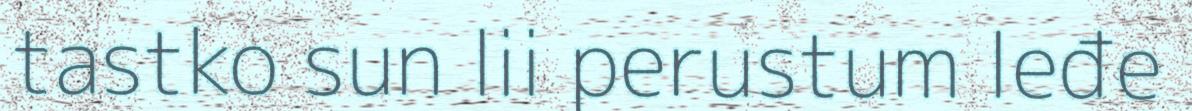
tastko sun lii perustum leđe